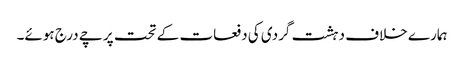
ہمارے خلاف دہشت گردی کی دفعات کے تحت پرچے درج ہوئے۔